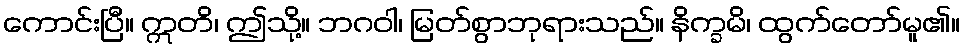
ကောင်းပြီ။ ဣတိ၊ ဤသို့။ ဘဂဝါ၊ မြတ်စွာဘုရားသည်။ နိက္ခမိ၊ ထွက်တော်မူ၏။